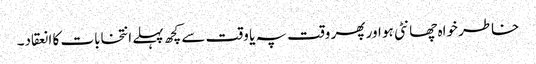
خاطر خواہ چھانٹی ہو اور پھر وقت پہ یا وقت سے کچھ پہلے انتخابات کا انعقاد۔